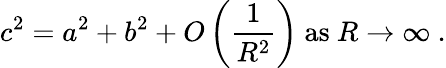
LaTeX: c^{2}=a^{2}+b^{2}+O\left({\frac{1}{R^{2}}}\right){\mathrm{~as~}}R\to\infty\ .